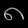
Digit: ၈